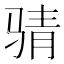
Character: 𮹉